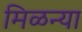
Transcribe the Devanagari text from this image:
मिळन्या